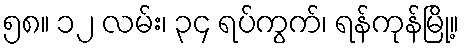
၅၈။ ၁၂ လမ်း၊ ၃၄ ရပ်ကွက်၊ ရန်ကုန်မြို့။